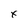
Character: x